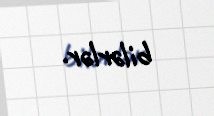
bilərlər.